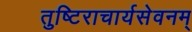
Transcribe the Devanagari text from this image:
तुष्टिराचार्यसेवनम्